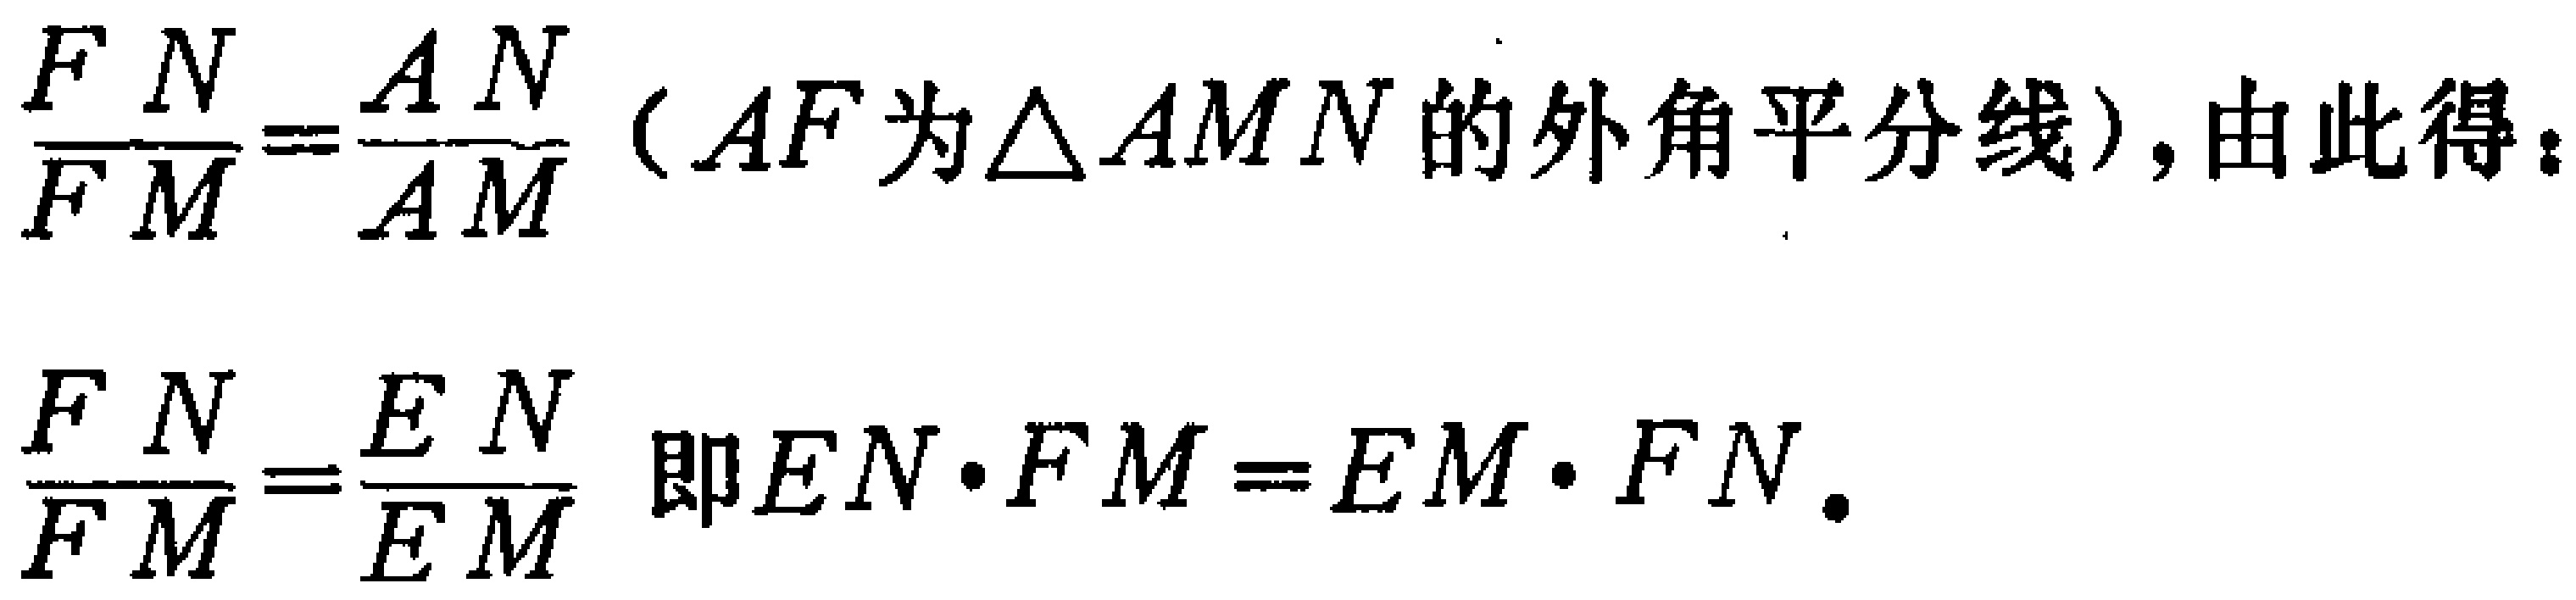
\(\frac{FN}{FM}=\frac{AN}{AM}\)（\(AF\)为\(\triangle AMN\)的外角平分线）, 由此得：

\(\frac{FN}{FM}=\frac{EN}{EM}\) 即\(EN\cdot FM = EM\cdot FN\).